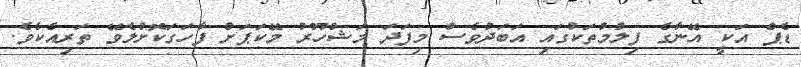
ޑެޕް އަކީ އޭނާގެ ފިލްމުތަކުގައި އަބަދުވެސް މިފަދަ މަޝްހޫރު މޭކަޕަށް ފާހަގަކޮށްލެވޭ ތަރިއެކެވެ.